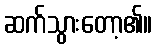
ဆက်သွားတော့၏။